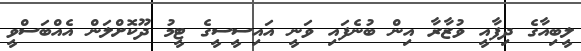
ލީބިއާގެ ދިފާއީ ވުޒާރާ އިން ބުނެފައި ވަނީ އައިސީސީގެ ޓީމު ދޫކޮށްލަން އެއްބަސްވީ